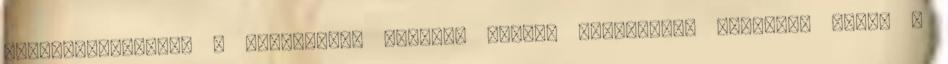
átszivattyúzását a vizsgálati mintán. I.3.5. Nyomásmérõ adapter, amely a